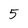
Character: 5